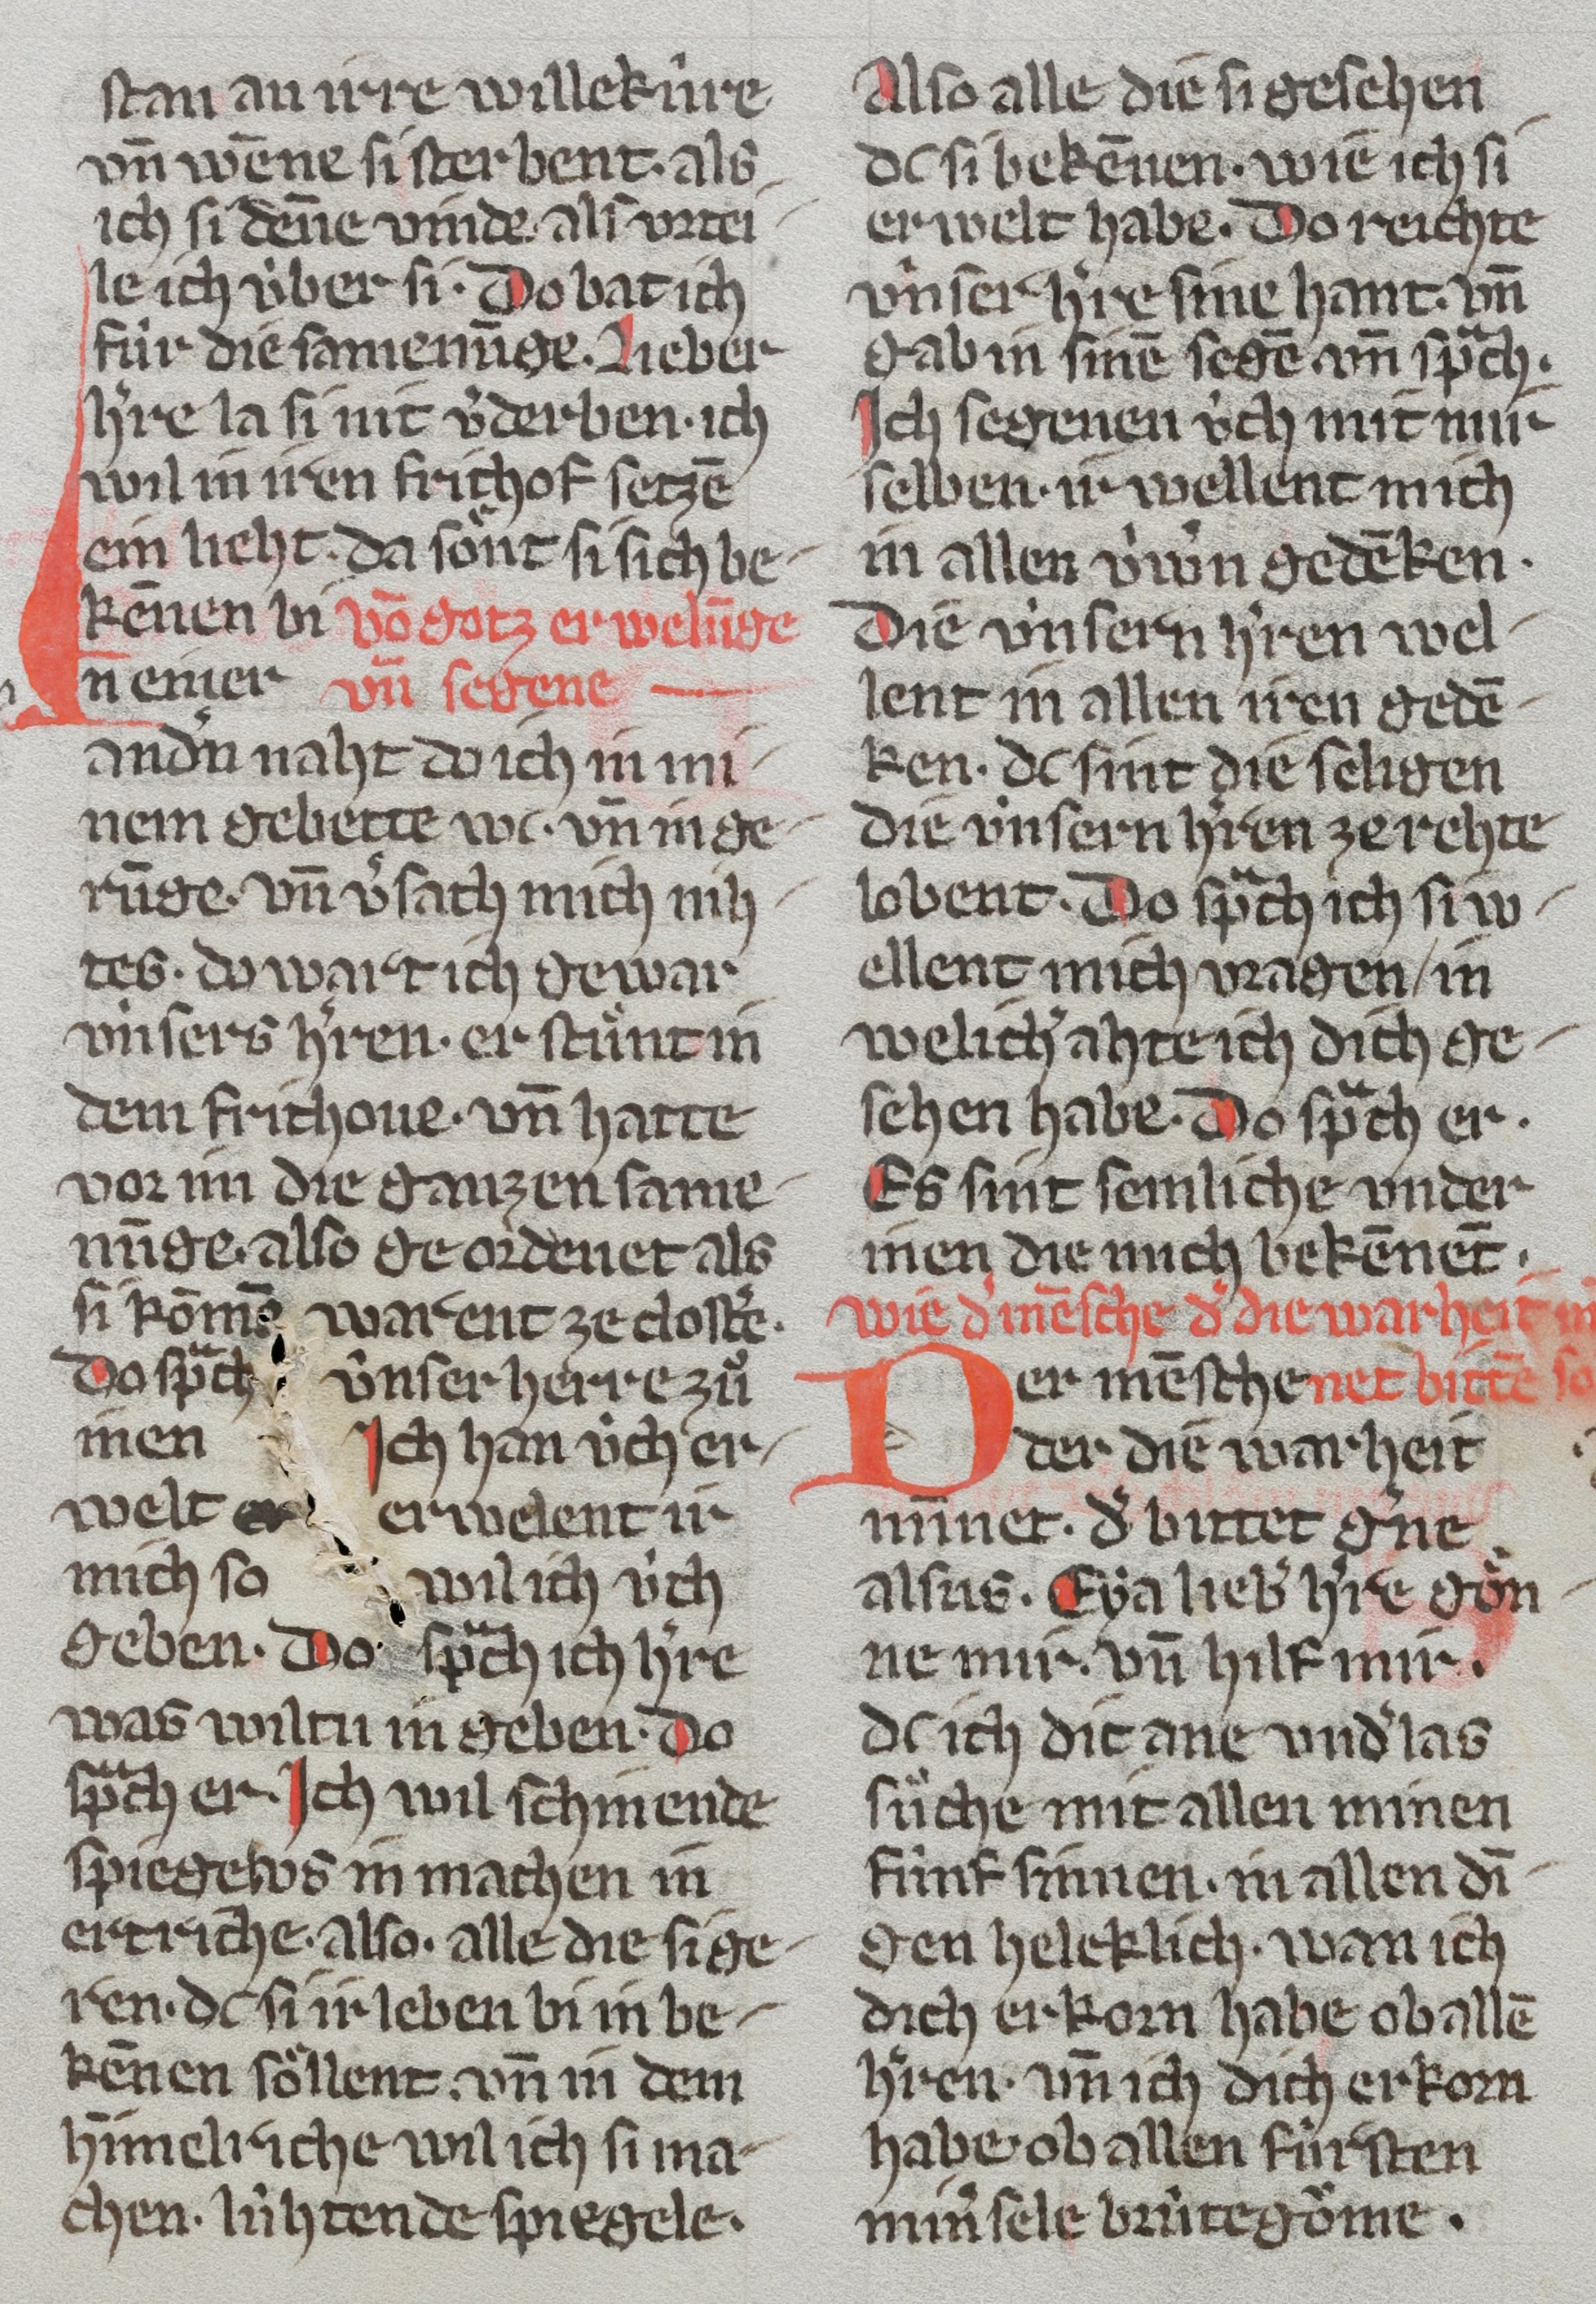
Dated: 1350–1374